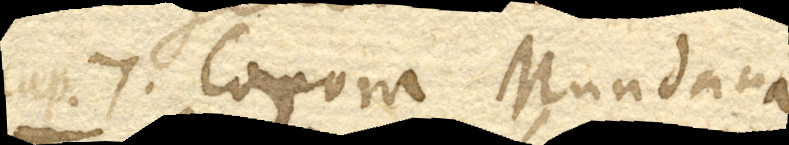
Cap. 7. Corpora Mundana